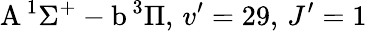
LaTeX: \textrm{A}\, ^{1}\Sigma^{+}-\textrm{b}\, ^{3}\Pi,\, v^{\prime}=29,\, J^{\prime}=1